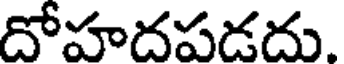
దోహదపడదు.